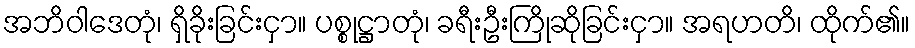
အဘိဝါဒေတုံ၊ ရှိခိုးခြင်းငှာ။ ပစ္စုဋ္ဌာတုံ၊ ခရီးဦးကြိုဆိုခြင်းငှာ။ အရဟတိ၊ ထိုက်၏။